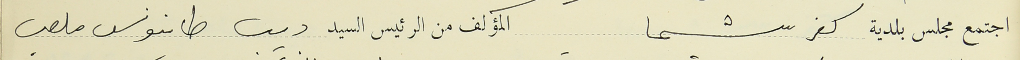
اجتمع مجلس بلدية كفرشيما المؤلف من الرئيس السيد ديب طانيوس ملعب